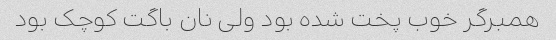
همبرگر خوب پخت شده بود ولی نان باگت کوچک بود